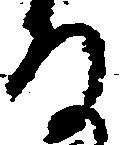
な